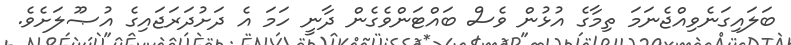
ބަލައިގަނެވިއްޖެނަމަ ތިމާގެ އުޅުން ވެސް ބައްޓަންވެގެން ދާނީ ހަމަ އެ ދަށުދަރަޖައިގެ އުޞޫލަށެވެ.